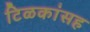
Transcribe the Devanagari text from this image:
टिळकांसह